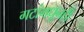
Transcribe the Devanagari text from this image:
गटांमधूनही